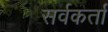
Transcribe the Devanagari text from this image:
सर्वकर्ता